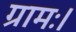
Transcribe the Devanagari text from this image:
ग्रामः।